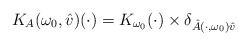
\begin{align*} K_A(\omega_0,\hat{v})(\cdot)=K_{\omega_0}(\cdot)\times \delta_{\hat{A}(\cdot, \omega_0)\hat{v}} \end{align*}